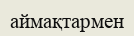
аймақтармен